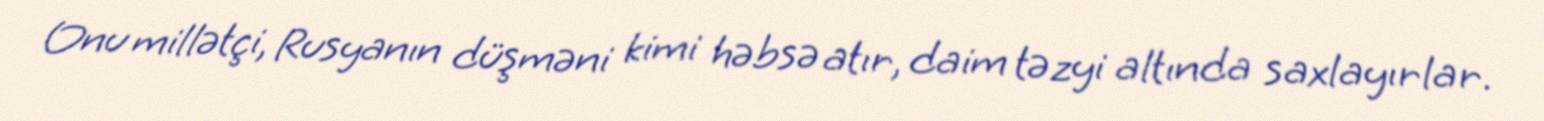
Onu millətçi, Rusyanın düşməni kimi həbsə atır, daim təzyi altında saxlayırlar.